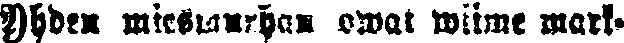
Yhden miesmurhan owat wiime mark-